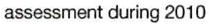
assessment during 2010